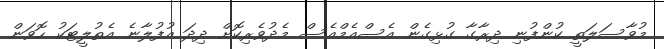
މުވާސަލަތީ ކުންފުނި ދިރާގާ ގުޅިގެން އެސްއެމްއެސް މެދުވެރިކޮށް ދިދަ އުފުލާނެ އެތުލީޓަކު ހޮވަން